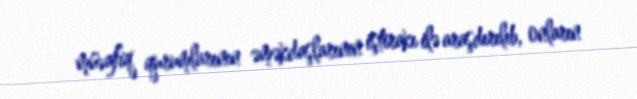
müvafiq qurumlarının əməkdaşlarının iştirakı ilə araşdırılıb, onların